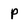
Character: p